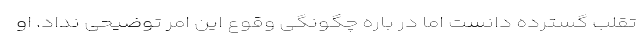
تقلب گسترده دانست اما در باره چگونگی وقوع این امر توضیحی نداد. او